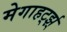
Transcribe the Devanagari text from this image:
मेगाहर्ट्झ्